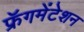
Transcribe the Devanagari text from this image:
फ्रॅगमेंटेशन